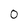
Character: 0